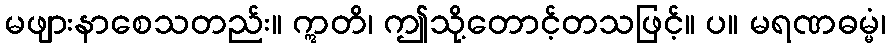
မဖျားနာစေသတည်း။ ဣတိ၊ ဤသို့တောင့်တသဖြင့်။ ပ။ မရဏဓမ္မံ၊